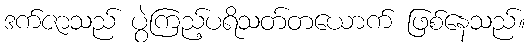
ဒက်ဇာသည် ပွဲကြည့်ပရိသတ်တယောက် ဖြစ်နေသည်။